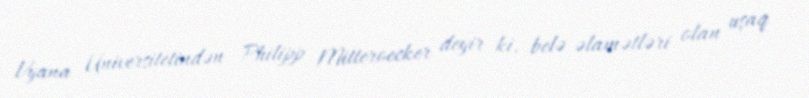
Vyana Universitetindən Philipp Mitteroecker deyir ki, belə əlamətləri olan uşaq